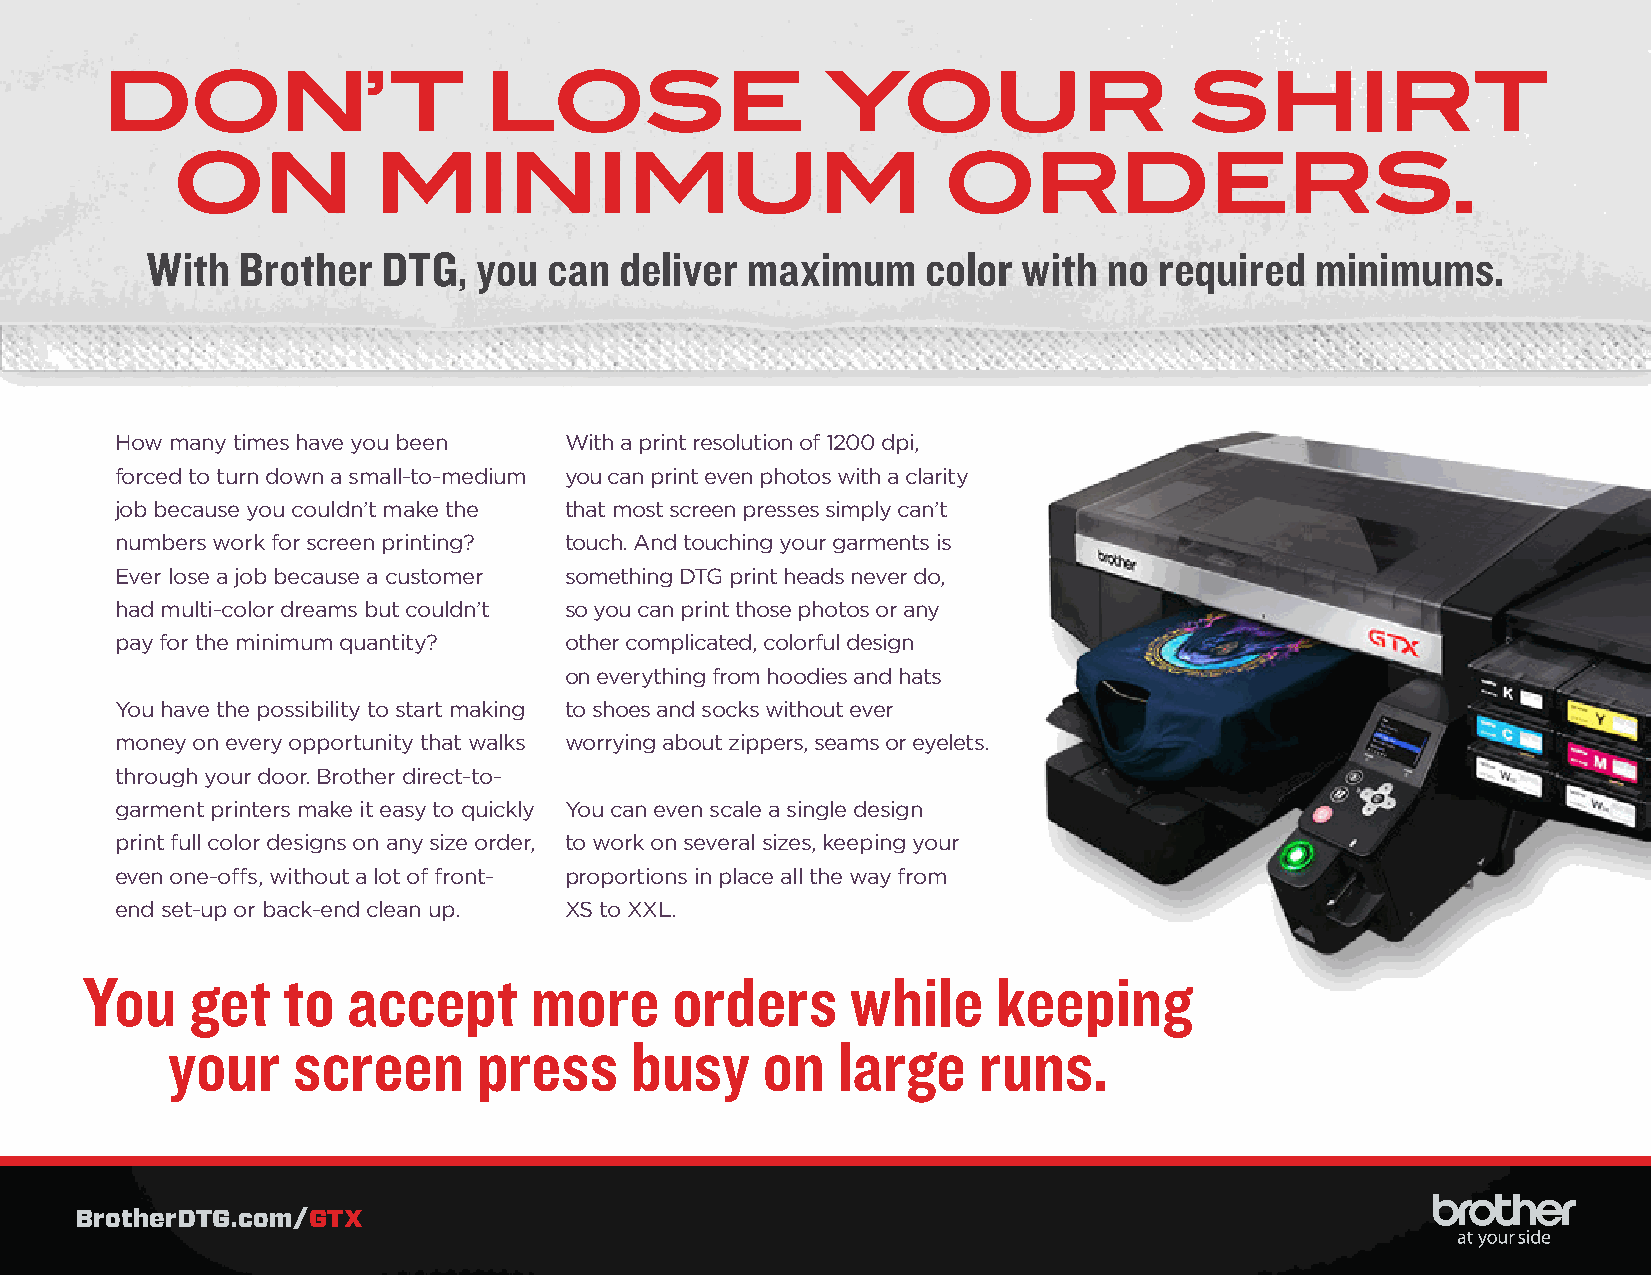
DON’T                    LOSE                   YOUR                    SHIRT
 ON            MINIMUM                              ORDERS.
 With  Brother  DTG,   you can  deliver maximum     color  with no  required  minimums.
 How many times have you been With a print resolution of 1200 dpi,
 forced to turn down a small-to-medium you can print even photos with a clarity
 job because you couldn’t make the that most screen presses simply can’t
 numbers work for screen printing? touch. And touching your garments is
 Ever lose a job because a customer something DTG print heads never do,
 had multi-color dreams but couldn’t so you can print those photos or any
 pay for the minimum quantity? other complicated, colorful design
 on everything from hoodies and hats
 You have the possibility to start making to shoes and socks without ever
 money on every opportunity that walks worrying about zippers, seams or eyelets.
 through your door. Brother direct-to-
 garment printers make it easy to quickly You can even scale a single design
 print full color designs on any size order, to work on several sizes, keeping your
 even one-offs, without a lot of front- proportions in place all the way from
 end set-up or back-end clean up. XS to XXL.
 You     get   to  accept      more     orders      while     keeping
 your    screen       press     busy    on   large     runs.
 BrotherDTG.com/GTX